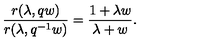
\frac { r ( \lambda , q w ) } { r ( \lambda , q ^ { - 1 } w ) } = \frac { 1 + \lambda w } { \lambda + w } .